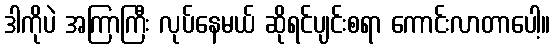
ဒါကိုပဲ အကြာကြီး လုပ်နေမယ် ဆိုရင်ပျင်းစရာ ကောင်းလာတာပေါ့။